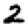
Digit: 2